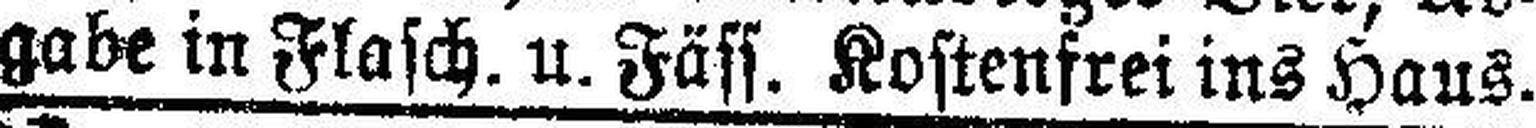
gabe in Flasch. u. Fäss. Kostenfrei ins Haus.